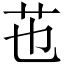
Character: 𦬎